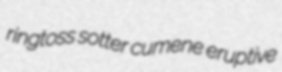
ringtoss sotter cumene eruptive